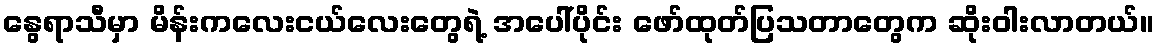
နွေရာသီမှာ မိန်းကလေးငယ်လေးတွေရဲ့ အပေါ်ပိုင်း ဖော်ထုတ်ပြသတာတွေက ဆိုးဝါးလာတယ်။